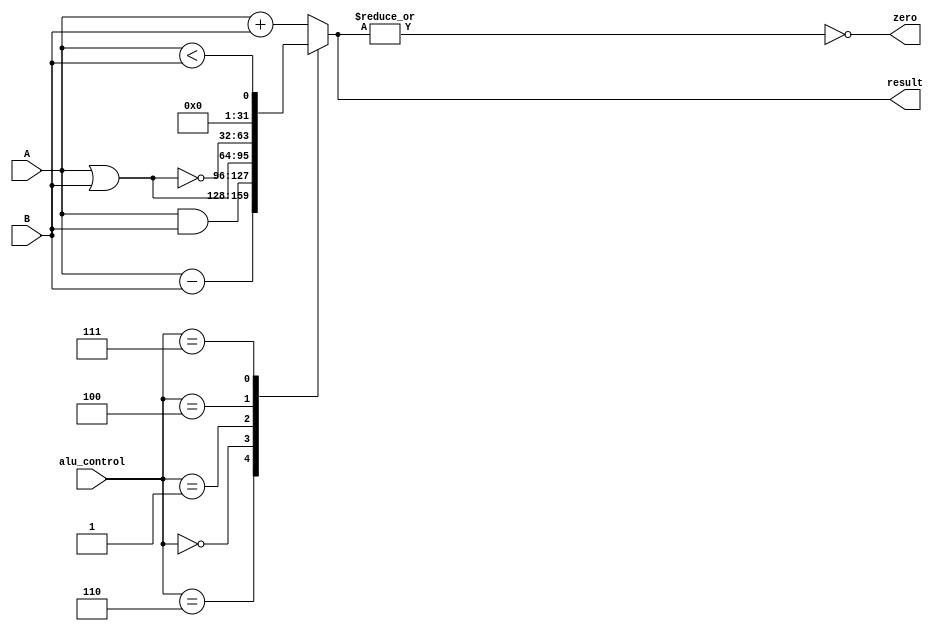
module Alu_Core(
	A,
	B,
	alu_control,
	result,
	zero
    );

input [31:0] A;  // operand1
input [31:0] B;  // operand2
input [2:0] alu_control; // ALU control input; determines what ALU operation to do
output reg [31:0] result;  // result of ALU operation
output wire zero; // used for beq;

assign zero = !(|result);  //logical negation bit-wise OR result; used for BEQ 

always @ (*)
begin
	case(alu_control)
	3'h2: result = A + B;  // add ALU control input
	3'h6: result = A - B;  // subtract ALU control input
	3'h0: result = A & B;  // AND ALU control input
	3'h1: result = A | B;  // OR ALU control input
	3'h4: result = ~(A | B);  // NOR ALU control input
	3'h7: result = (A < B);  // set on less than ALU control input
	default: result = A + B;
	endcase
end
endmodule